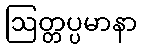
ဩတ္တပ္ပမာနာ